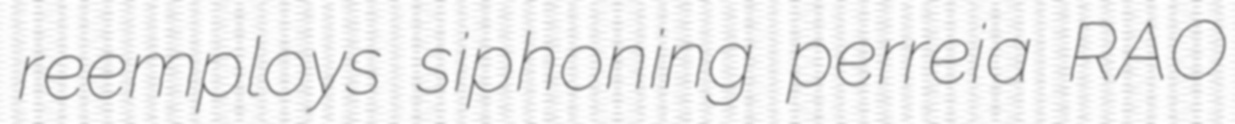
reemploys siphoning perreia RAO